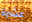
عشرة